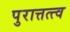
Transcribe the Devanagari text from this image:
पुरात्तत्त्व